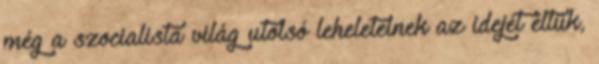
még a szocialista világ utolsó leheleteinek az idejét éltük,